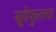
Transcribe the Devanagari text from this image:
सूर्यफुलाचा